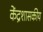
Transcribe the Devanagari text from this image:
केंद्रशासकीय